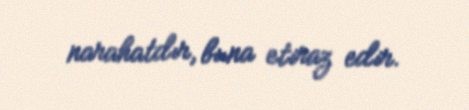
narahatdır, buna etiraz edir.